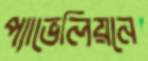
প্যাভেলিয়নে